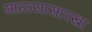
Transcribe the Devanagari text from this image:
माळ्यासारखा